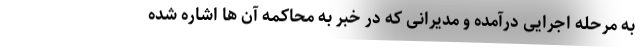
به مرحله اجرایی درآمده و مدیرانی که در خبر به محاکمه آن ها اشاره شده